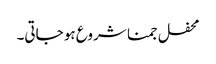
محفل جمنا شروع ہو جاتی۔